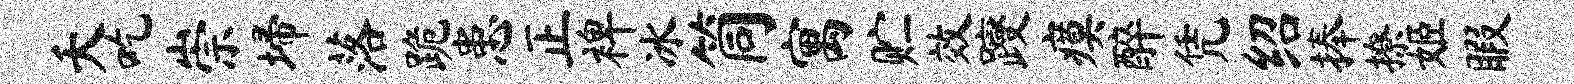
夭吃崇埽落跪患正裨冰筒寓贮效躞瘼醉凭绍捧撩姬暇